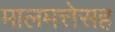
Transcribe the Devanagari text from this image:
मालमत्तेसह